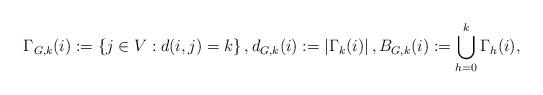
LaTeX: \begin{align*}\Gamma_{G,k}(i):= \left\{j \in V: d(i,j)=k \right\},{d}_{G,k}(i):= \left|\Gamma_k(i)\right|, B_{G,k}(i) := \bigcup\limits_{h=0}^{k}\Gamma_h(i), \end{align*}